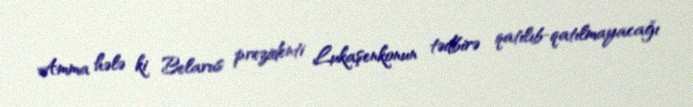
Amma hələ ki Belarus prezidenti Lukaşenkonun tədbirə qatılıb-qatılmayacağı